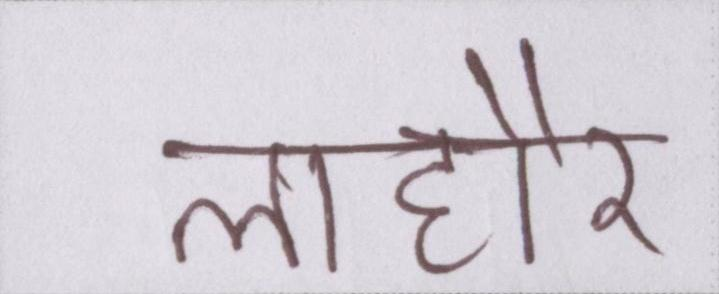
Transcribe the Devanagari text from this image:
लाहौर